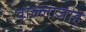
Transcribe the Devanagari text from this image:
वाल्लाजाह